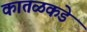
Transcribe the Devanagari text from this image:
कातळकडे